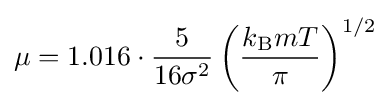
\mu =1.016\cdot {\frac {5}{16\sigma ^{2}}}\left({\frac {k_{\rm {B}}mT}{\pi }}\right)^{1/2}